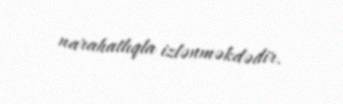
narahatlıqla izlənməkdədir.